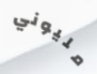
مليوني